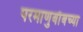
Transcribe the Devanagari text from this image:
परमाणुबाँबच्या